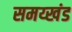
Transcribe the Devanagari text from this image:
समय्खंड